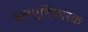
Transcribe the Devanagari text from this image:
बलपुष्टिकारक